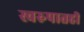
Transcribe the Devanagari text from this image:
स्वरुपातही